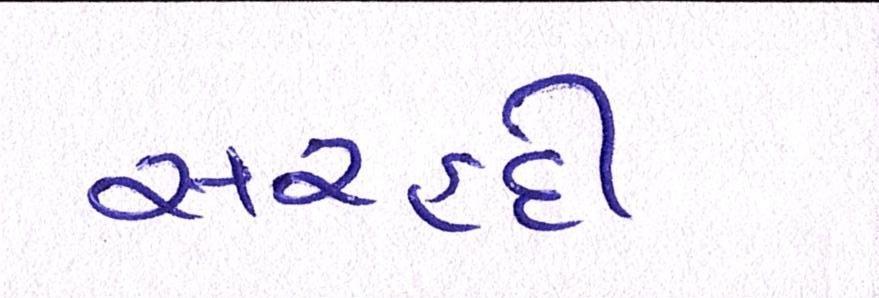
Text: સરહદી